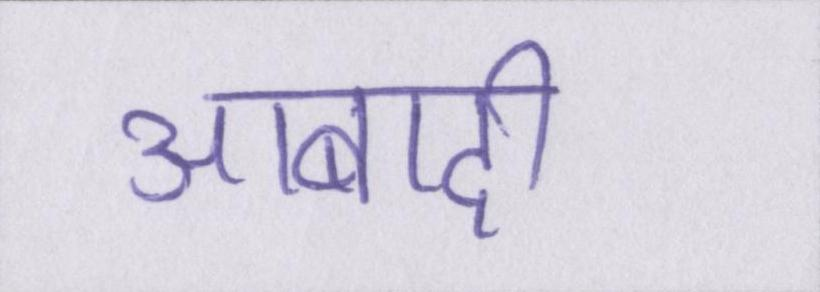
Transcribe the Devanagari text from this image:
आबादी